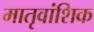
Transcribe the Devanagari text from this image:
मातृवांशिक